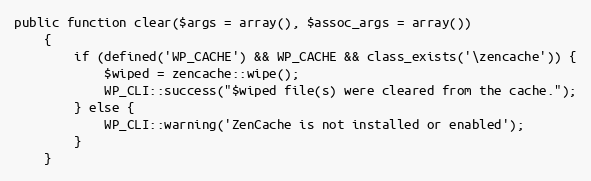
Language: PHP
public function clear($args = array(), $assoc_args = array())
    {
        if (defined('WP_CACHE') && WP_CACHE && class_exists('\zencache')) {
            $wiped = zencache::wipe();
            WP_CLI::success("$wiped file(s) were cleared from the cache.");
        } else {
            WP_CLI::warning('ZenCache is not installed or enabled');
        }
    }